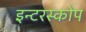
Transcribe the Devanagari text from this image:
इन्टरस्कोप